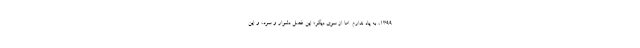
1399، به یاد ندارم. امّا از سوی دیگر؛ این فصلِ دشوار و سرد، و این